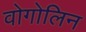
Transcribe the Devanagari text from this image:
वोगोलिन